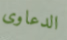
الدعاوى